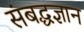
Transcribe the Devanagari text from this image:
संबद्धज्ञान